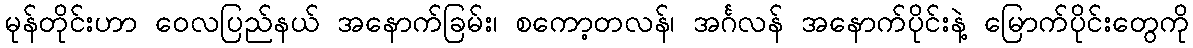
မုန်တိုင်းဟာ ဝေလပြည်နယ် အနောက်ခြမ်း၊ စကော့တလန်၊ အင်္ဂလန် အနောက်ပိုင်းနဲ့ မြောက်ပိုင်းတွေကို